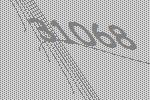
31068